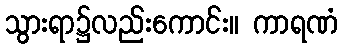
သွားရာ၌လည်းကောင်း။ ကာရဏံ